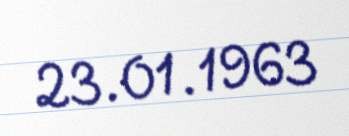
23.01.1963